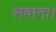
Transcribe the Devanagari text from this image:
सवाना।